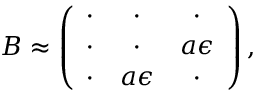
B \approx \left( \begin{array} { c c c } { { \cdot } } & { { \cdot } } & { { \cdot } } \\ { { \cdot } } & { { \cdot } } & { { a \epsilon } } \\ { { \cdot } } & { { a \epsilon } } & { { \cdot } } \end{array} \right) ,